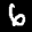
Label: 6